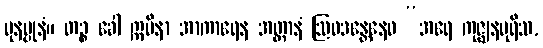
ပုနပ္ပုနံ။ တဉ္စ ခေါ ဣမိနာ အာကာရေန အတ္တာနံ ဩဝဒန္တေနေဝ “အရေ ကုဇ္ဈနပုရိသ,